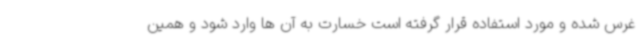
غرس شده و مورد استفاده قرار گرفته است خسارت به آن ها وارد شود و همین